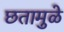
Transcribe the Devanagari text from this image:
छतामुळे